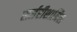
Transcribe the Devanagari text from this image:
सर्जरीशामिल